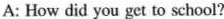
A: How did you get to school?